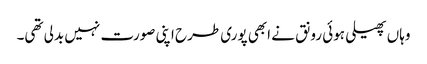
وہاں پھیلی ہوئی رونق نے ابھی پوری طرح اپنی صورت نہیں بدلی تھی۔